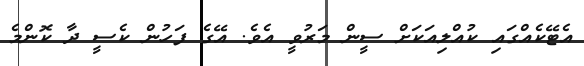
އެޓޭކެއްގައި ކުއްލިއަކަށް ސީން މަރުވީ އެވެ. އޭގެ ފަހުން ކެސީ ދާ ކޮންމެ